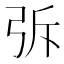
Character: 𭚪